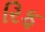
રિફ